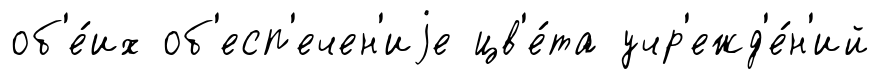
об'е́их об'есп'ечен'иjе цв'е́та учр'ежд'е́н'ий